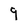
Character: 9